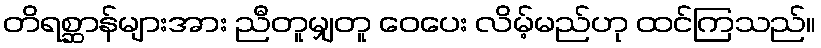
တိရစ္ဆာန်များအား ညီတူမျှတူ ဝေပေး လိမ့်မည်ဟု ထင်ကြသည်။